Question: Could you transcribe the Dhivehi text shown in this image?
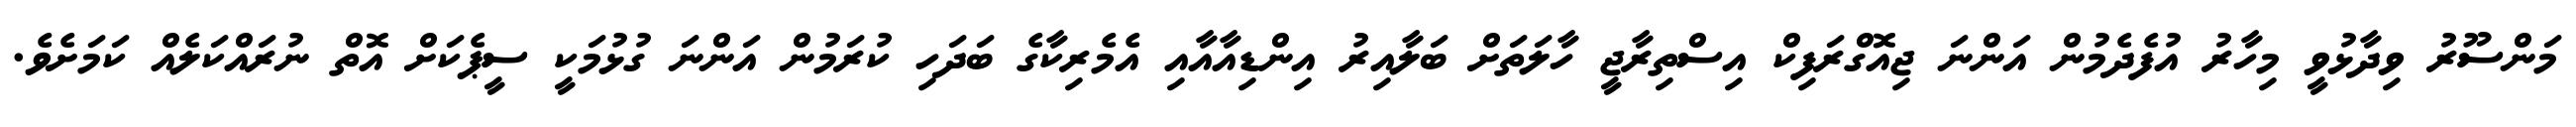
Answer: މަންސޫރު ވިދާޅުވީ މިހާރު އުފެދެމުން އަންނަ ޖިއޮގްރަފިކް އިސްތިރާޖީ ހާލަތަށް ބަލާއިރު އިންޑިއާއާއި އެމެރިކާގެ ބަދަހި ކުރަމުން އަންނަ ގުޅުމަކީ ސީޕެކަށް އޮތް ނުރައްކަލެއް ކަމަށެވެ.